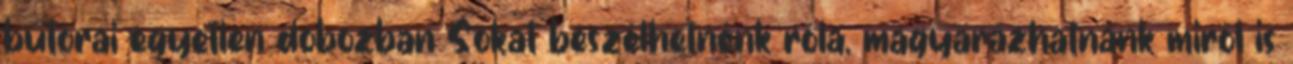
bútorai egyetlen dobozban Sokat beszélhetnénk róla, magyarázhatnánk miről is